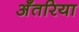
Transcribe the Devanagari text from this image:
अँतरिया